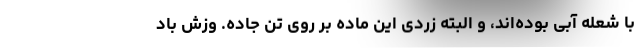
با شعله آبی بوده‌اند، و البته زردی این ماده بر روی تن جاده. وزش باد